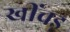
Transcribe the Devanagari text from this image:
खींचड़